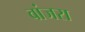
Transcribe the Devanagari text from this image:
वांजरा